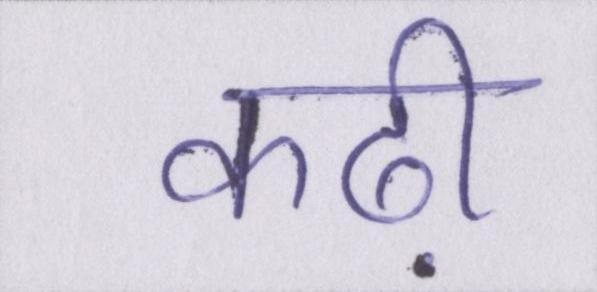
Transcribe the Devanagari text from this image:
कढ़ी